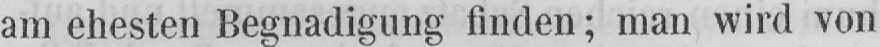
am ehesten Begnadigung finden; man wird von